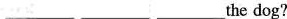
___ ___ ___he dog?